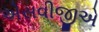
એસવીજીએ